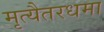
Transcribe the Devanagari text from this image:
मृत्यैतरधमा